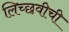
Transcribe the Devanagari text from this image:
लिच्छवीची